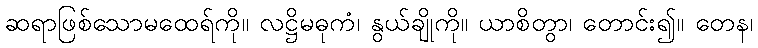
ဆရာဖြစ်သောမထေရ်ကို။ လဋ္ဌိမဓုကံ၊ နွယ်ချိုကို။ ယာစိတွာ၊ တောင်း၍။ တေန၊